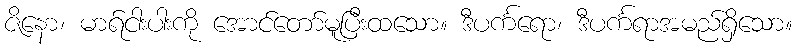
ဇိနော၊ မာရ်ငါးပါးကို အောင်တော်မူပြီးထသော။ ဒီပင်္ကရော၊ ဒီပင်္ကရာအမည်ရှိသော။